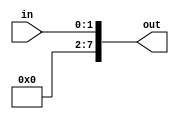
////////////////////////////////////////////////////////////////////////////////
// 2ECOM.023 - Laboratorio de Arquitetura e Organizacao de Computadores 1
// Modulo - SignExtension2bits.v
// Descricao - Extensor de sinal para entradas de 2 bits
//
// Entradas:
// in: Entrada que necessita de extensao
//
// Saidas:
// out: Saida estendida
//
// Funcionamento: A partir da entrada de um vetor com bits menores, ocorre uma concatenacao
// para complementar e tornar a entrada em 8 bits
////////////////////////////////////////////////////////////////////////////////

module SignExtension2bits(in,out);
input [1:0] in;
output reg[7:0] out;

reg [5:0] extend = 6'b000000;

always @(in)
	begin
		out <= {extend, in};
	end
endmodule